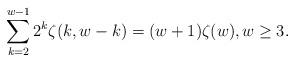
LaTeX: \begin{align*}\sum_{k=2}^{w-1} 2^k \zeta(k,w-k) = (w+1)\zeta (w), w\ge 3.\end{align*}